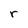
Character: r